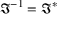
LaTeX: { \mathfrak { I } } ^ { - 1 } = { \mathfrak { I } } ^ { * }